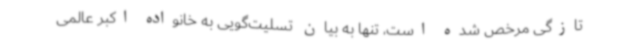
تازگی مرخص شده است، تنها به بیان تسلیت‌گویی به خانواده اکبر عالمی